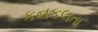
કનકલતા